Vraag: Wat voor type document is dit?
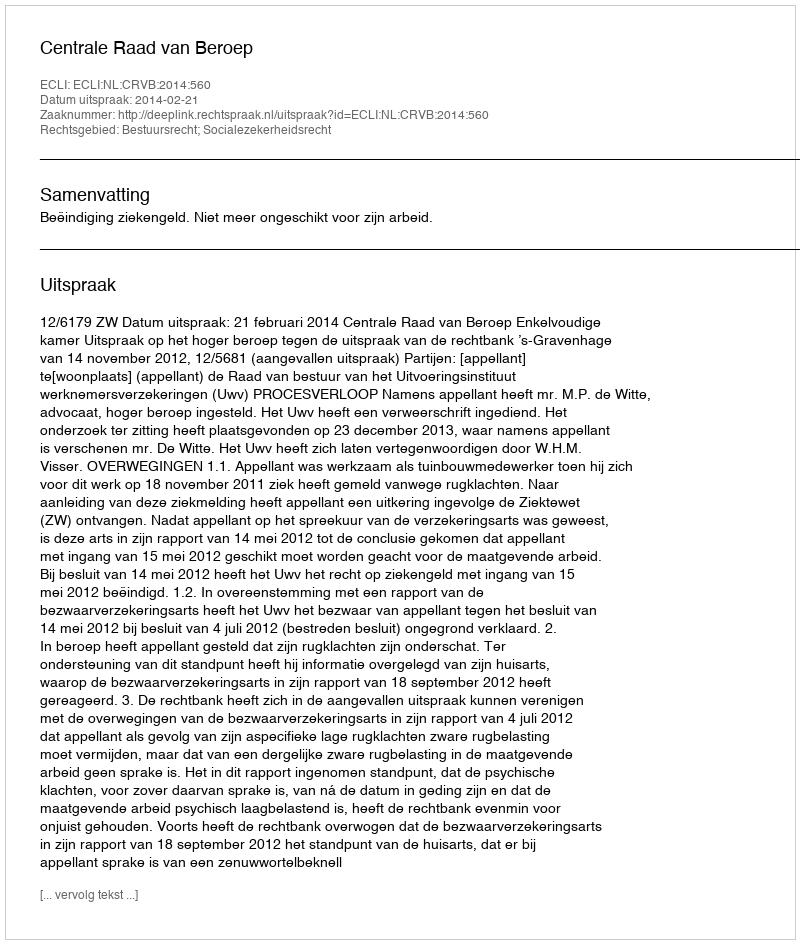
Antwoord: Uitspraak